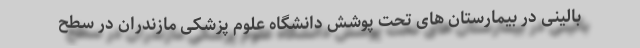
بالینی در بیمارستان های تحت پوشش دانشگاه علوم پزشکی مازندران در سطح